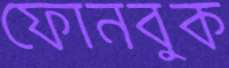
ফোনবুক